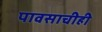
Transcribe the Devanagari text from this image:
पावसाचीही